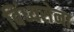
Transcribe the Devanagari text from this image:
विंध्यसेना